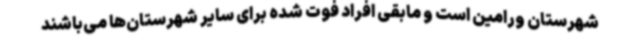
شهرستان ورامین است و مابقی افراد فوت شده برای سایر شهرستان‌ها می‌باشند